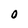
Character: 0